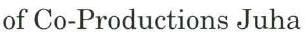
of Co-Productions Juha